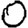
Digit: 0